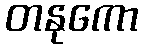
တနုကော